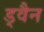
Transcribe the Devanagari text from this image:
ड्वैन